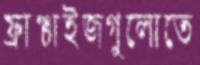
ফ্রাঞ্চাইজগুলোতে